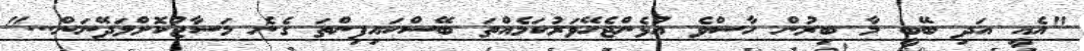
"އެއީ އަދި ބޭބީ މާ ބިރުން ހާސްވެ އުޅެންޖެހޭވަރުކަމެއްތަ ބޭސްކައިފިންތަ ގެނެ މަސާޖުކޮށްލަދޭނަން..."